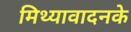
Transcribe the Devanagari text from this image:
मिथ्यावादनके